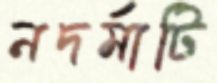
নদর্মাটি